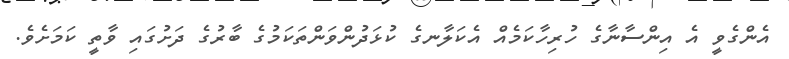
އެންގެވީ އެ އިންސާނާގެ ހުރިހާކަމެއް އެކަލާނގެ ކުޅަދުންވަންތަކަމުގެ ބާރުގެ ދަށުގައި ވާތީ ކަމަށެވެ.